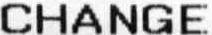
CHANGE